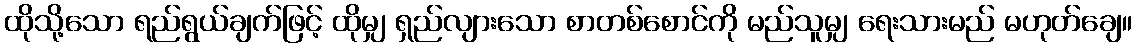
ထိုသို့သော ရည်ရွယ်ချက်ဖြင့် ထိုမျှ ရှည်လျားသော စာတစ်စောင်ကို မည်သူမျှ ရေးသားမည် မဟုတ်ချေ။